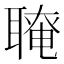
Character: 𦗆